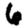
Digit: 6